Scientific memoirs by medical officers of the Army of India - Part III,
Year: 1887
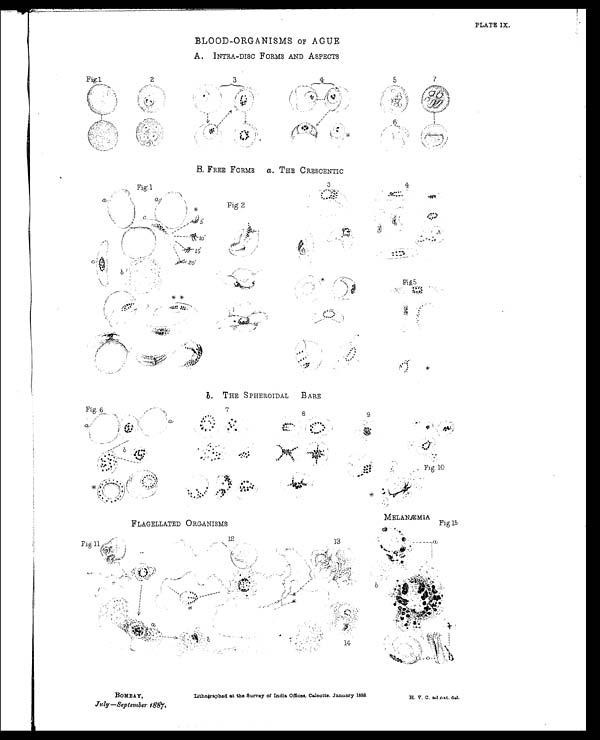
MELANÆMIA
FLAGELLATED ORGANISMS
PLATE IX.
BLOOD-ORGANISMS OF AGUE
A.
INTRA-DISC FORMS AND ASPECTS
B. FREE FORMS a . THE CRESCENTIC
b. THE SPHEROIDAL BARE
BOMBAY,
July—September 1887.
Lithographed at the Survey of India Offices, Calcutta, January 1888.
H. V. C. ad nat. del.